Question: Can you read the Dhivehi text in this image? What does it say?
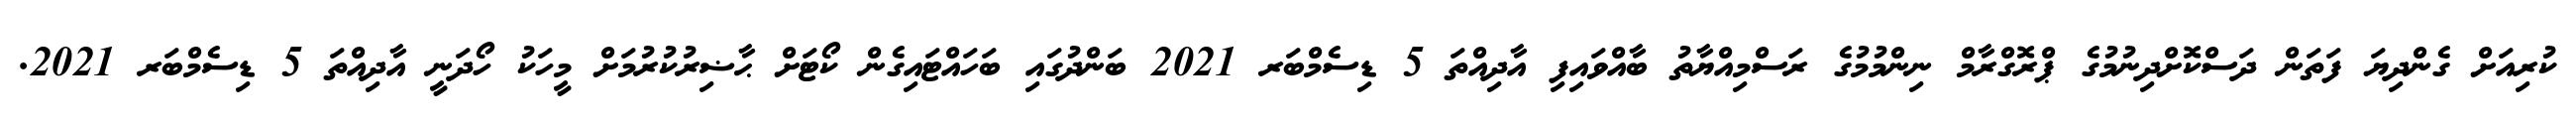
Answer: ކުރިއަށް ގެންދިޔަ ފަތަން ދަސްކޮށްދިނުމުގެ ޕްރޮގްރާމް ނިންމުމުގެ ރަސްމިއްޔާތު ބާއްވައިފި އާދިއްތަ 5 ޑިސެމްބަރ 2021 ބަންދުގައި ބަހައްޓައިގެން ކޯޓަށް ޙާޟިރުކުރުމަށް މީހަކު ހޯދަނީ އާދިއްތަ 5 ޑިސެމްބަރ 2021.